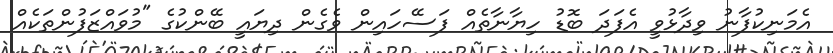
އެމަނިކުފާނު ވިދާޅުވީ އެފަދަ ބޮޑު ހިޔާނާތެއް ފަސޭހައިން ވެގެން ދިޔައީ ބޭންކުގެ "މުވައްޒަފުންތަކެއް